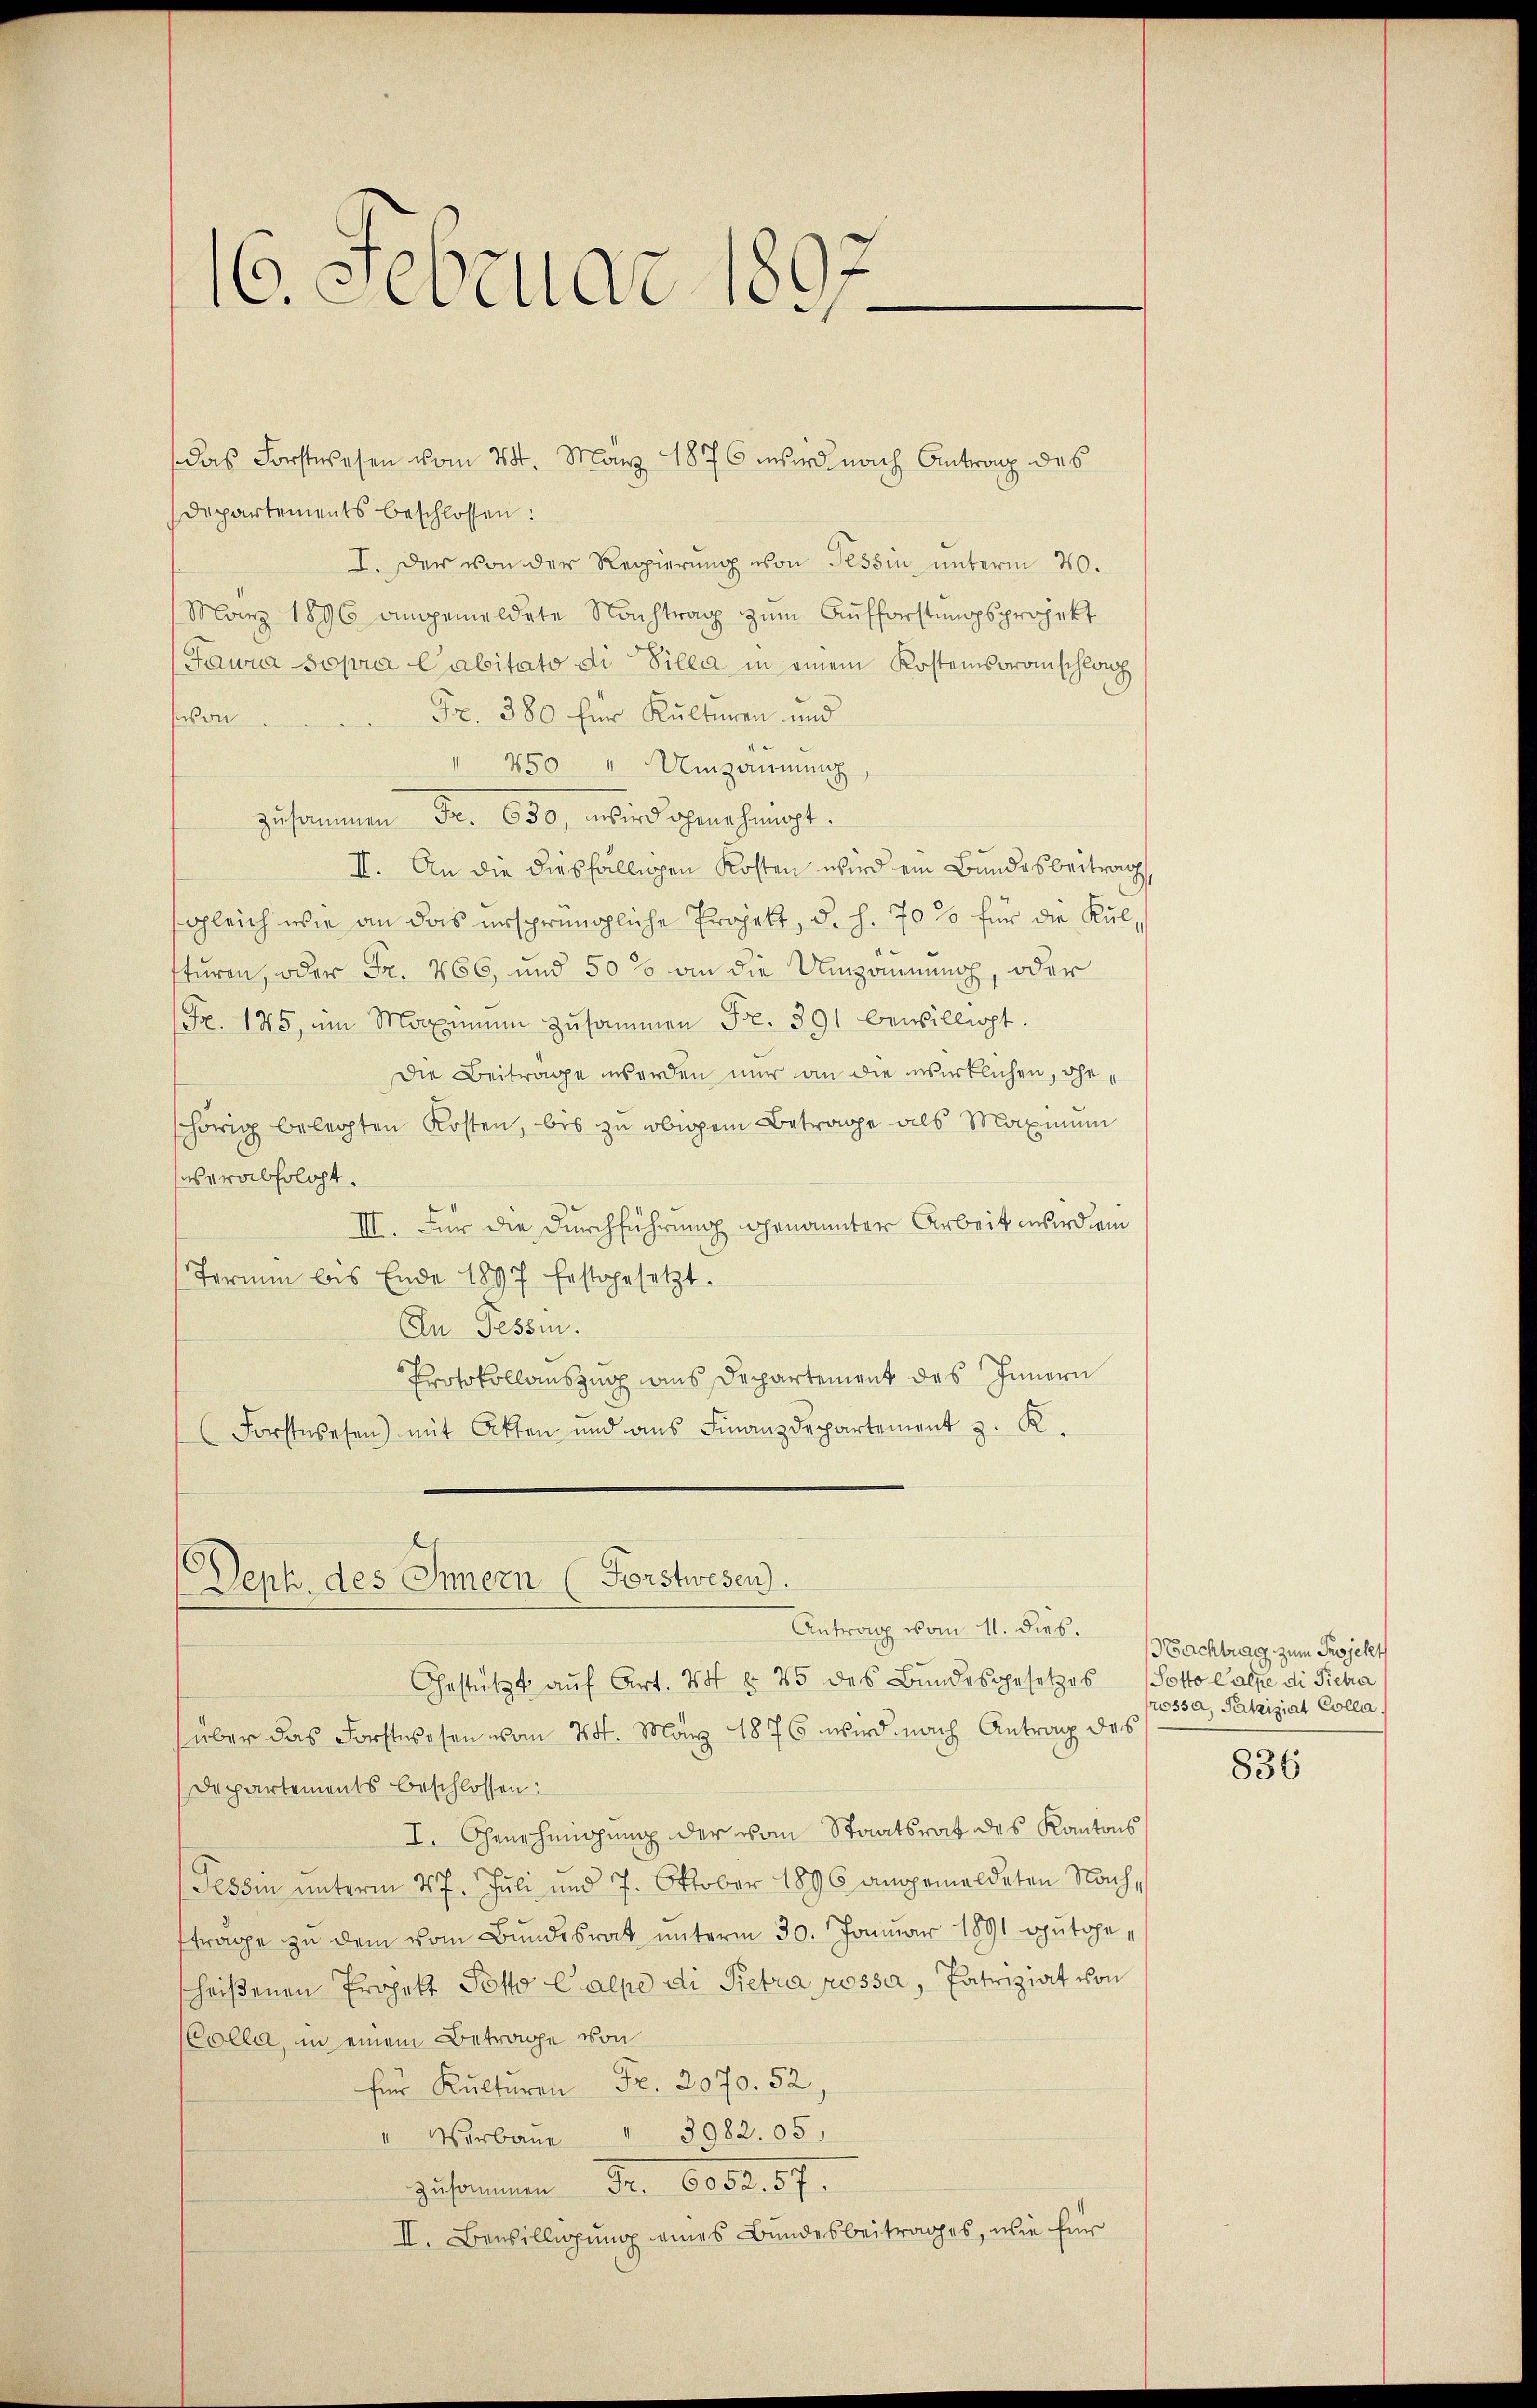
16. Februar 1897

Departements beschlossen:
I. Der von der Regierung von Tessin unterm 20.
März 1896 angemeldete Nachtrag zum Aufforstungsprojekt
Tawia sopra Cabitato di Villa in einem Kostensoranschlach
Fr. 380 für Kulturen und
von
1450 " Umzäunung
zusammen Fr. 650, wird ohne heint.
II. An die diesfälligen Kosten wird ein Bundesbeitrag
gleich wie an das ursprüngliche Projekt, d. h. 70 % für die Kulsturen, oder Fr. 266, und 500 an die Umzäumung, oder
(Fr. 175, um Maximum zusammen Fr. 391 bewilligt.
Die Beitrage werden mir an die wirklichen, ohnshörig belegten Kosten, bis zu obigem Betrage als Maximum
userabfolgt.
III. Für die Durchführung genannter Arbeit wird ein
Termin bis Ende 1897 festgesetzt.
En Tessin.
Protokollauszug aus Departement des Innern
Forstwesen) mit Atten und ans Finanzdepartement z. K.
e

das Forstwesen vom 28. März 1876 wird nach Antrag des

Dept. des Innern (Forstwesen.
Antrag vom 11. dies.

Gestützt auf Art. 74 § 25 des Bundesgesetzes (Sotto Calpe di Pietra
über das Forstwesen vom 24. März 1876 wird nach Antrag des
Departements beschlossen:
I. Genehmigung der vom Staatsrat des Kantons
Tessin unterm 27. Juli und 7. Oktober 1896 angemeldeten Nachftrage zu dem vom Bundesrat unterm 30. Januar 1891 gutgesheißenen Projekt Potto Calpe di Pietra possa, Patriziat von
Colla, in einem Betrage von
für Kulturen Fr. 2070. 52,
" Vorbene  "   3982. 05,
Zusammen Fr. 6082. 57.
II. Bewilligung eines Bundesbeitrages, wie für

Nachtrag zum Projekt
rossa, Patriziat Colla

836